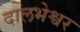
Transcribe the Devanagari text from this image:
दालभेश्वर